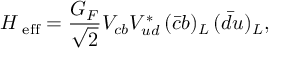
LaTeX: { \cal H } _ { \mathrm { \scriptsize ~ e f f } } = \frac { G _ { F } } { \sqrt { 2 } } V _ { c b } V _ { u d } ^ { * } \, ( \bar { c } b ) _ { L } \, ( \bar { d } u ) _ { L } ,